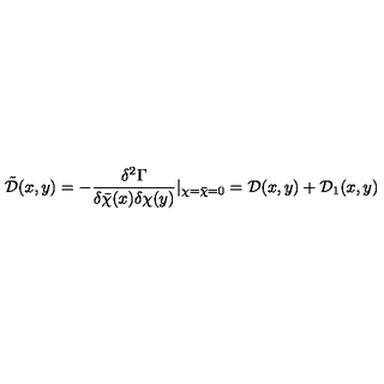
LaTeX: { \tilde { \mathcal D } } ( x , y ) = - \frac { \delta ^ { 2 } \Gamma } { \delta { \bar { \chi } } ( x ) \delta \chi ( y ) } | _ { \chi = { \bar { \chi } } = 0 } = { \mathcal D } ( x , y ) + { \mathcal D } _ { 1 } ( x , y )